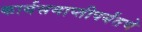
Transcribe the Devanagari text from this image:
कार्यसमाप्तीपर्यंतचे